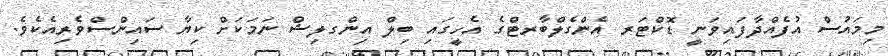
މިމައުސް އުފެއްދާފައިވަނީ ޑޮކްޓަރ އެންގެލްބާރޓްގެ އެހީގައި ބިލް އިންގލިޝް ނަމަކަށް ކިޔާ ސައިންސްވެރިއެކެވެ.